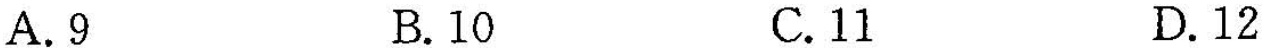
A.9 B.10 C.11 D.12